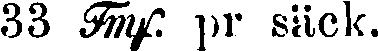
33 Fmp. pr säck.